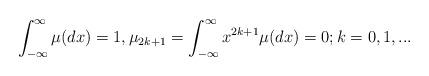
LaTeX: \begin{align*}\int_{-\infty}^{\infty} \mu(dx)=1,\mu_{2k+1}=\int_{-\infty}^{\infty}x^{2k+1} \mu(dx)=0;k=0,1,...\end{align*}